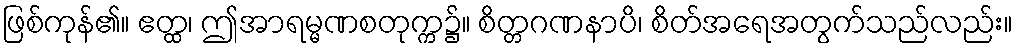
ဖြစ်ကုန်၏။ ဧတ္ထ၊ ဤအာရမ္မဏစတုက္က၌။ စိတ္တဂဏနာပိ၊ စိတ်အရေအတွက်သည်လည်း။